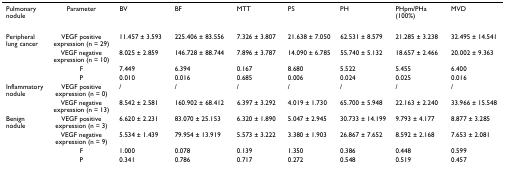
| Pulmonary nodule | Parameter | BV | BF | MTT | PS | PH | PHpm/PHa (100%) | MVD |
 | --- | --- | --- | --- | --- | --- | --- | --- | --- |
 | Peripheral lung cancer | VEGF positive expression (n = 29) | 11.457 ± 3.593 | 225.406 ± 83.556 | 7.326 ± 3.807 | 21.638 ± 7.050 | 62.531 ± 8.579 | 21.285 ± 3.238 | 32.495 ± 14.541 |
 |  | VEGF negative expression (n = 10) | 8.025 ± 2.859 | 146.728 ± 88.744 | 7.896 ± 3.787 | 14.090 ± 6.785 | 55.740 ± 5.132 | 18.657 ± 2.466 | 20.002 ± 9.363 |
 |  | F | 7.449 | 6.394 | 0.167 | 8.680 | 5.522 | 5.455 | 6.400 |
 |  | P | 0.010 | 0.016 | 0.685 | 0.006 | 0.024 | 0.025 | 0.016 |
 | Inflammatory nodule | VEGF positive expression (n = 0) | / | / | / | / | / | / | / |
 |  | VEGF negative expression (n = 13) | 8.542 ± 2.581 | 160.902 ± 68.412 | 6.397 ± 3.292 | 4.019 ± 1.730 | 65.700 ± 5.948 | 22.163 ± 2.240 | 33.966 ± 15.548 |
 | Benign nodule | VEGF positive expression (n = 3) | 6.620 ± 2.231 | 83.070 ± 25.153 | 6.320 ± 1.890 | 5.047 ± 2.945 | 30.733 ± 14.199 | 9.793 ± 4.177 | 8.877 ± 3.285 |
 |  | VEGF negative expression (n = 9) | 5.534 ± 1.439 | 79.954 ± 13.919 | 5.573 ± 3.222 | 3.380 ± 1.903 | 26.867 ± 7.652 | 8.592 ± 2.168 | 7.653 ± 2.081 |
 |  | F | 1.000 | 0.078 | 0.139 | 1.350 | 0.386 | 0.448 | 0.599 |
 |  | P | 0.341 | 0.786 | 0.717 | 0.272 | 0.548 | 0.519 | 0.457 |